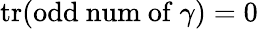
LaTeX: \operatorname{tr}(\mathrm{odd\ num\ of\ }\gamma)=0